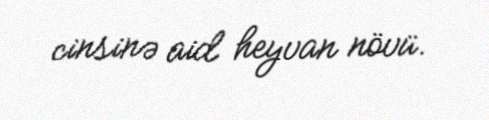
cinsinə aid heyvan növü.